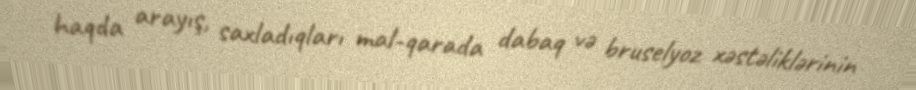
haqda arayış, saxladıqları mal-qarada dabaq və bruselyoz xəstəliklərinin